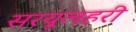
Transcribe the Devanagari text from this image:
सरयूलहरी